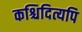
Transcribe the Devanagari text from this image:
कश्चिदित्यपि